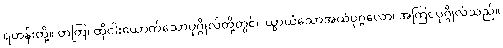
ရဟန်းတို့။ တတြ၊ ထိုငါးယောက်သောပုဂ္ဂိုလ်တို့တွင်။ ယွာယံသောအယံပုဂ္ဂလော၊ အကြင်ပုဂ္ဂိုလ်သည်။